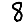
Digit: 8